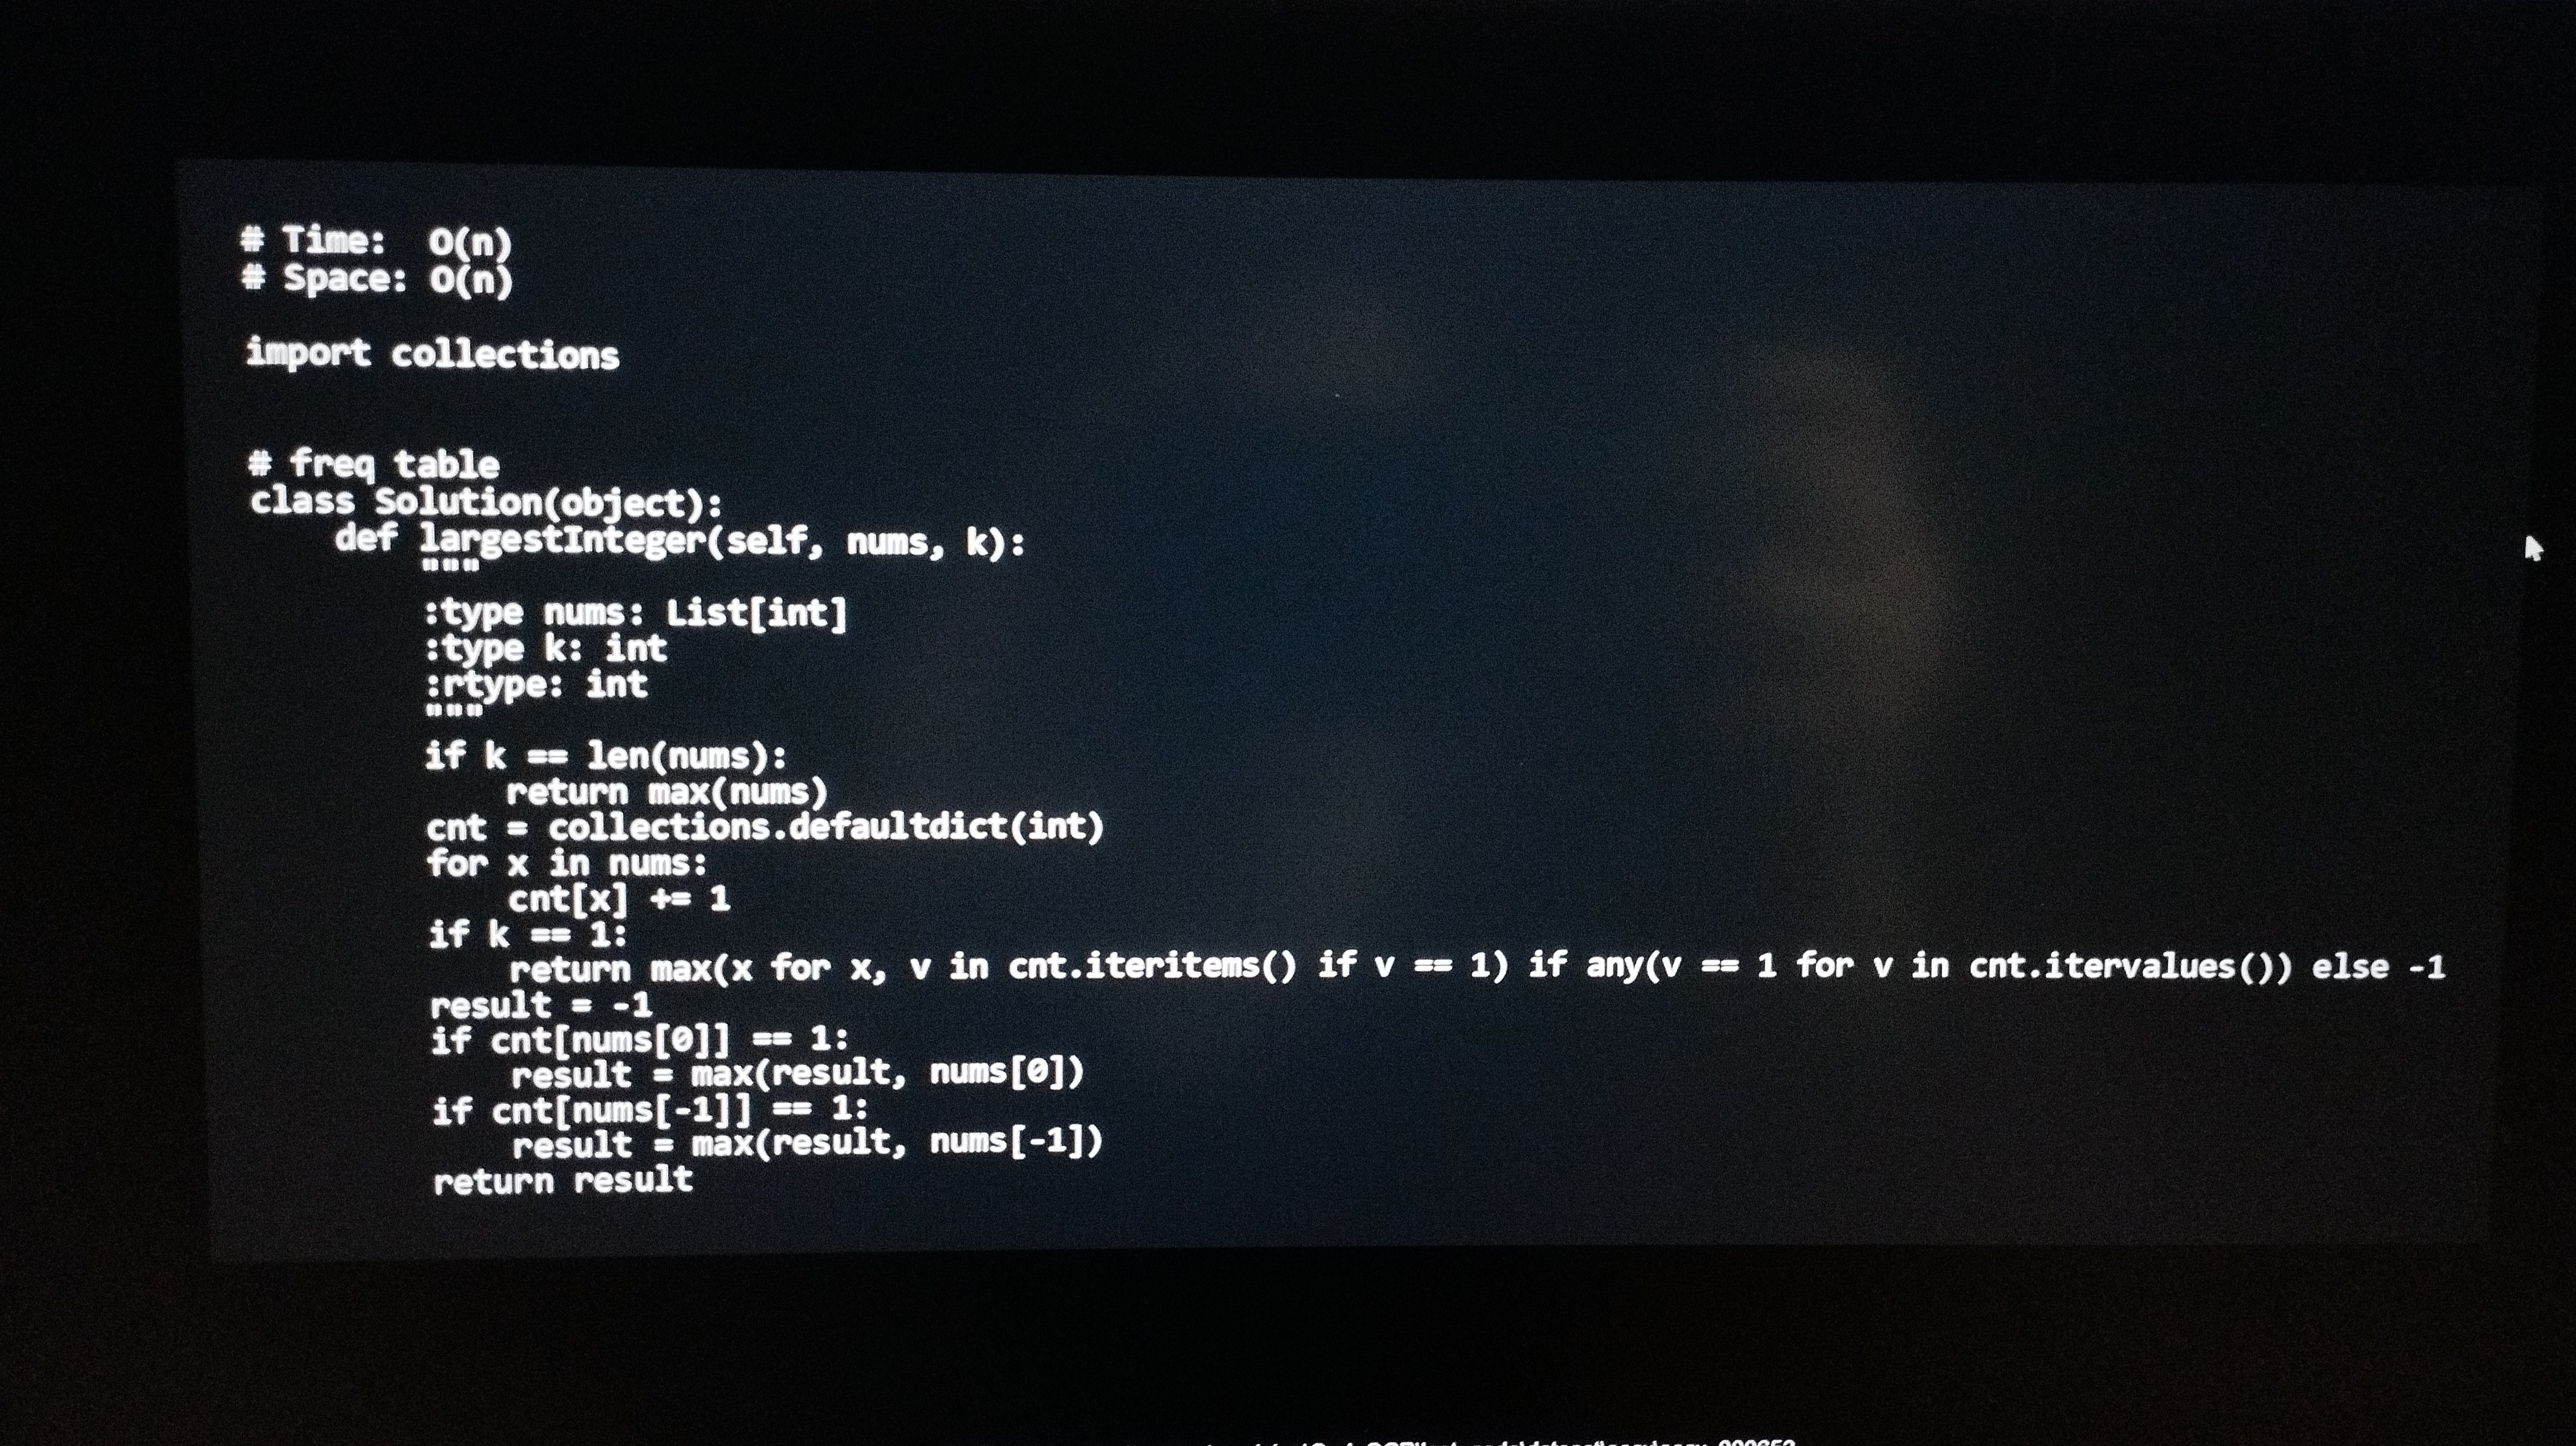
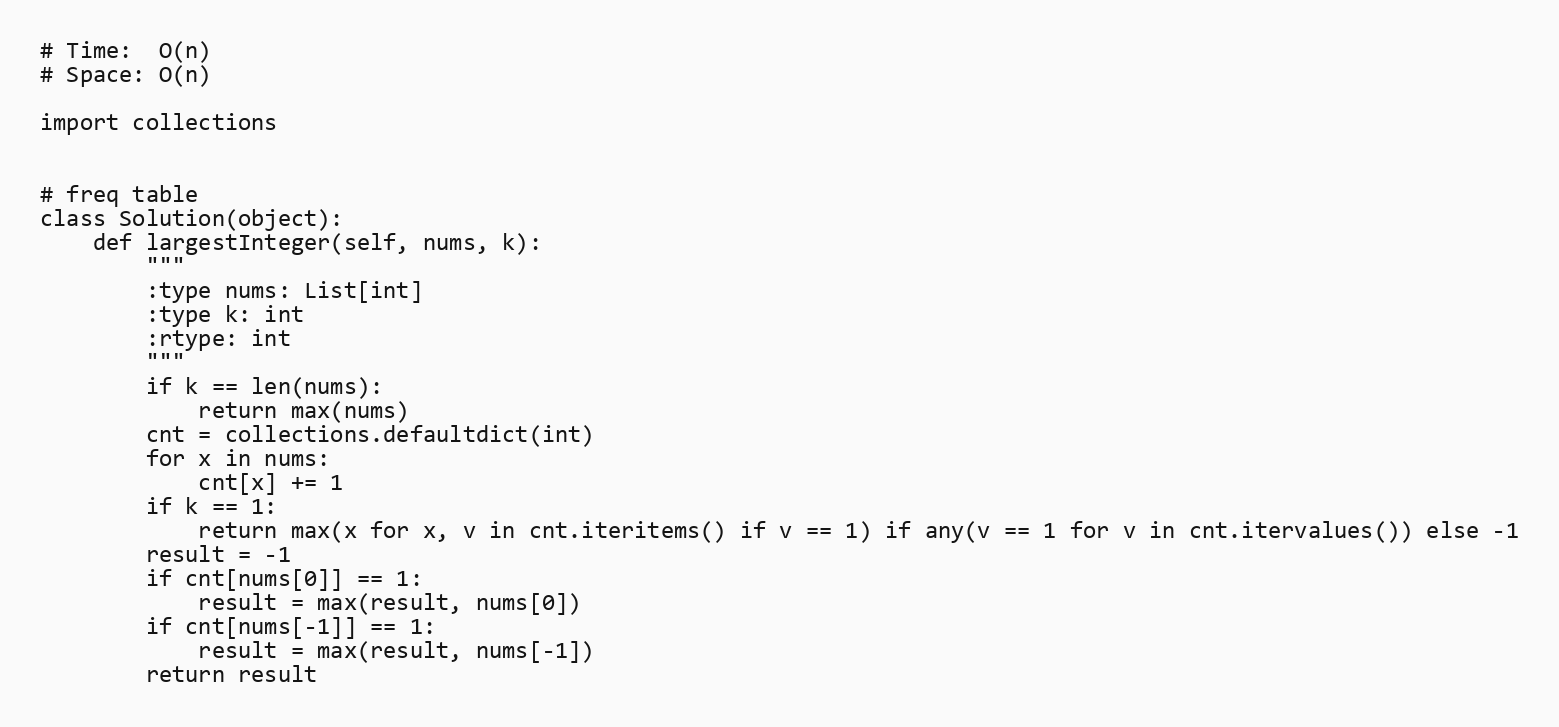
# Time:  O(n)
# Space: O(n)

import collections

# freq table
class Solution(object):
    def largestInteger(self, nums, k):
        """
        :type nums: List[int]
        :type k: int
        :rtype: int
        """
        if k == len(nums):
            return max(nums)
        cnt = collections.defaultdict(int)
        for x in nums:
            cnt[x] += 1
        if k == 1:
            return max(x for x, v in cnt.iteritems() if v == 1) if any(v == 1 for v in cnt.itervalues()) else -1
        result = -1
        if cnt[nums[0]] == 1:
            result = max(result, nums[0])
        if cnt[nums[-1]] == 1:
            result = max(result, nums[-1])
        return result